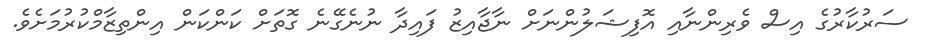
ސަރުކާރުގެ އިސް ވެރިންނާއި އޮފިޝަލުންނަށް ނާޖާއިޒު ފައިދާ ނުނެގޭނެ ގޮތަށް ކަންކަން އިންތިޒާމްކުރުމަށެވެ.